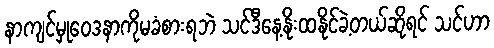
နာကျင်မှုဝေဒနာကိုမခံစားရဘဲ သင်ဒီနေ့နိုးထနိုင်ခဲ့တယ်ဆိုရင် သင်ဟာ